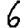
Digit: 6